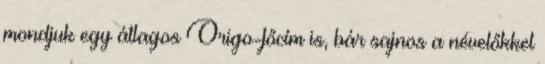
mondjuk egy átlagos Origo-főcím is, bár sajnos a névelőkkel